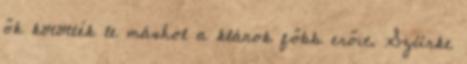
ők kötötték le máshol a klánok főbb erőit. Szürke